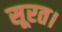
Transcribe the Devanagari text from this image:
सूरत।